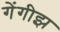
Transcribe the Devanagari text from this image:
गेंगीझ